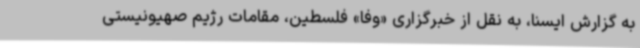
به گزارش ایسنا، به نقل از خبرگزاری «وفا» فلسطین، مقامات رژیم صهیونیستی